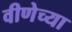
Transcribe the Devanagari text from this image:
वीणेच्या